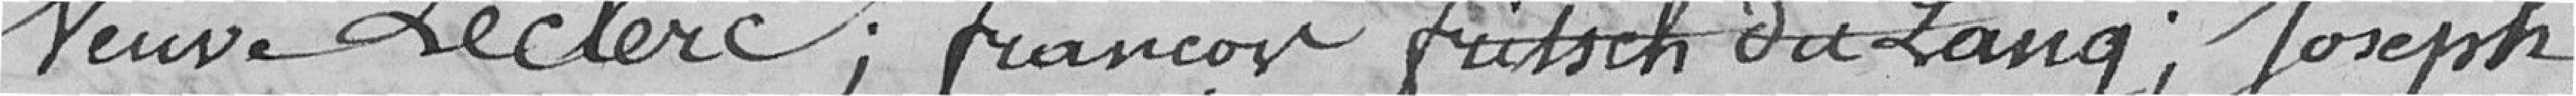
veuve Leclerc ; François Fritsch dit Lang ; Joseph